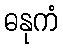
ဓနုကံ